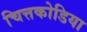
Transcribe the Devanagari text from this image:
चित्तकोडिया